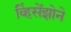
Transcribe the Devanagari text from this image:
व्हिंसेंझोने